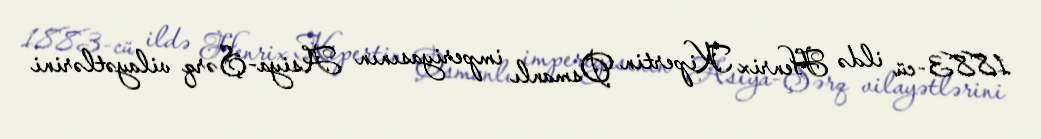
1883-cü ildə Henrix Kipertin Osmanlı imperiyasının Asiya-Şərq vilayətlərini